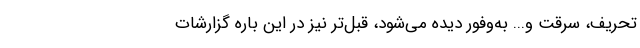
تحریف، سرقت و... به‌وفور دیده می‌شود، قبل‌تر نیز در این باره گزارشات